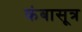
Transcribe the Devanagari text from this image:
कंबासूत्र